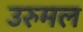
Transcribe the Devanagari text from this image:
उरुमल